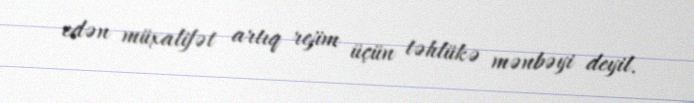
edən müxalifət artıq rejim üçün təhlükə mənbəyi deyil.